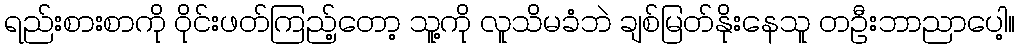
ရည်းစားစာကို ဝိုင်းဖတ်ကြည့်တော့ သူ့ကို လူသိမခံဘဲ ချစ်မြတ်နိုးနေသူ တဦးဘာညာပေါ့။